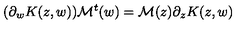
( \partial _ { w } K ( z , w ) ) { \cal M } ^ { t } ( w ) = { \cal M } ( z ) \partial _ { z } K ( z , w )